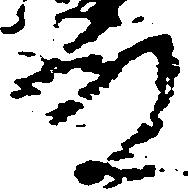
殿